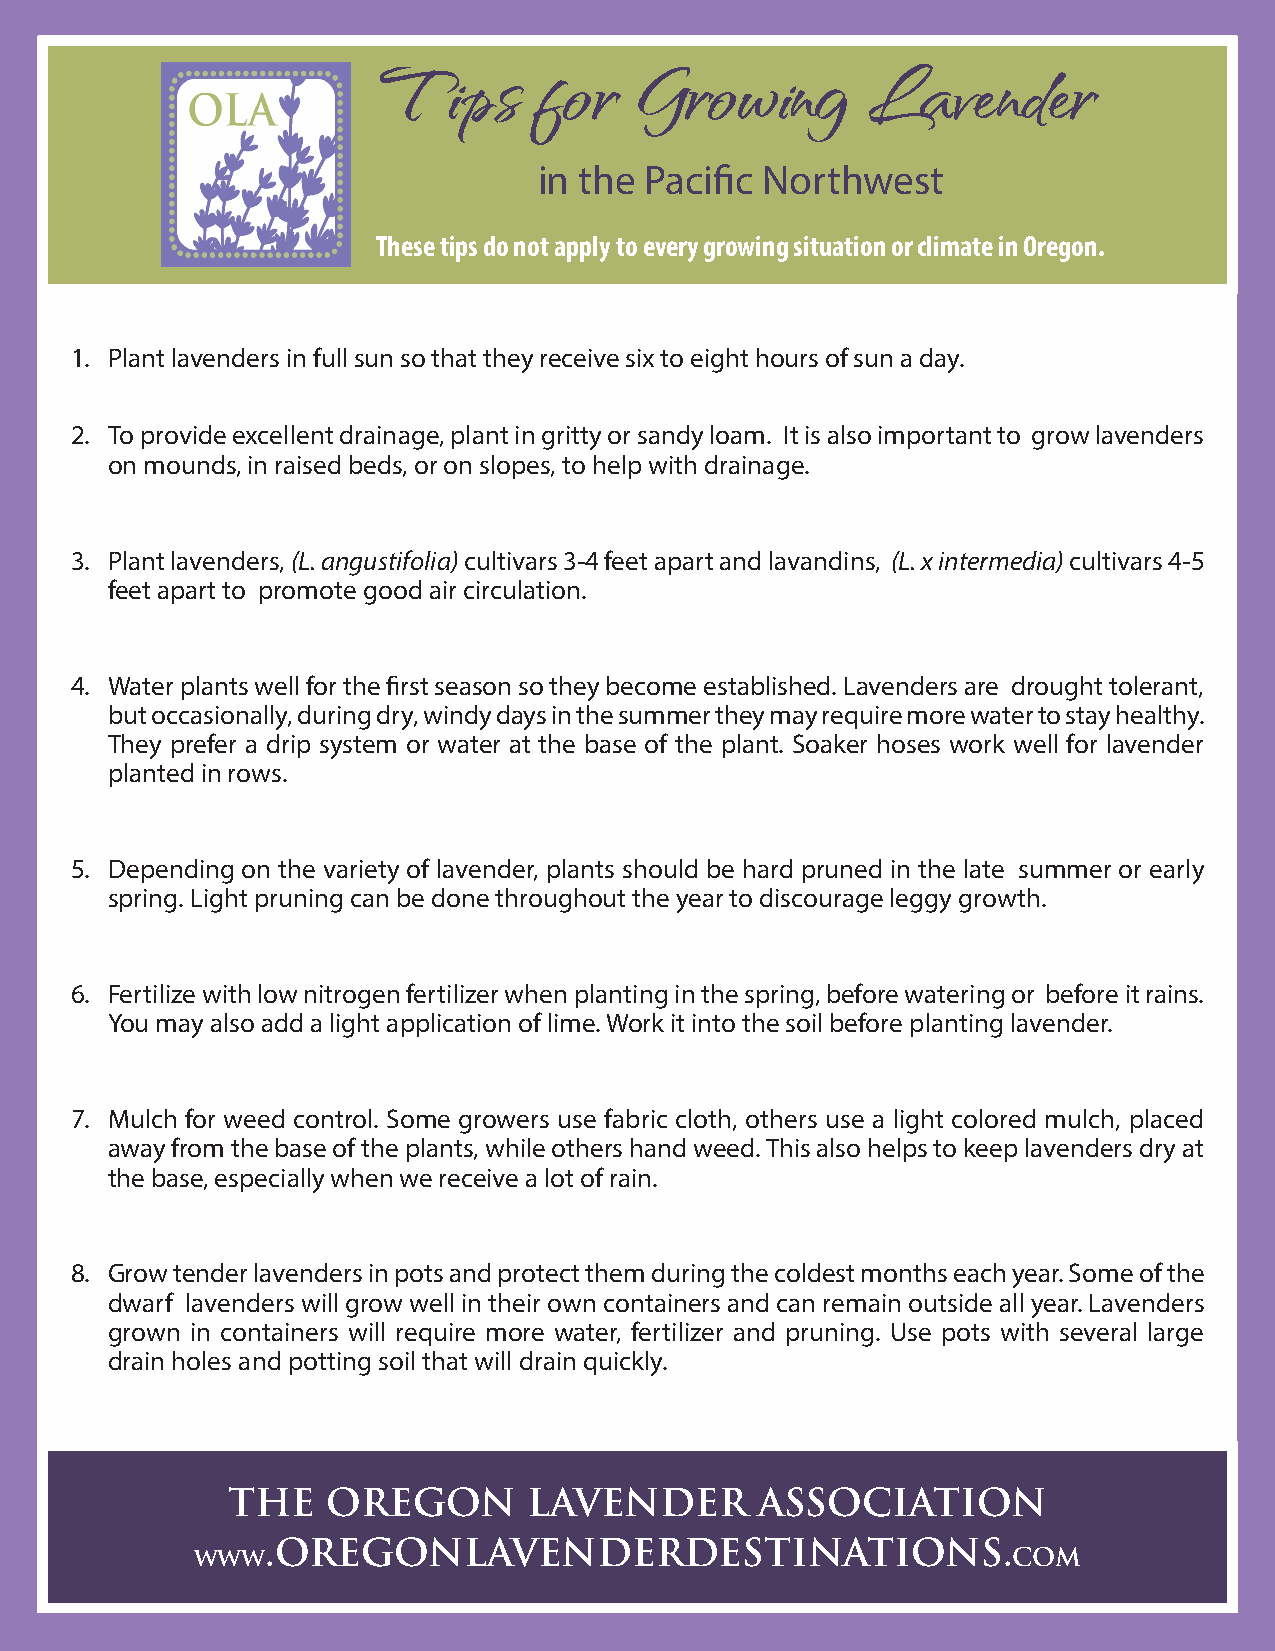
Tips      for    Growing        Lavender
 in the Pacific Northwest
 These tips do not apply to every growing situation or climate in Oregon.
 1. Plant lavenders in full sun so that they receive six to eight hours of sun a day.
 2. To provide excellent drainage, plant in gritty or sandy loam. It is also important to grow lavenders
 on mounds, in raised beds, or on slopes, to help with drainage.
 3. Plant lavenders, (L. angustifolia) cultivars 3-4 feet apart and lavandins, (L. x intermedia) cultivars 4-5
 feet apart to promote good air circulation.
 4. Water plants well for the first season so they become established. Lavenders are drought tolerant,
 but occasionally, during dry, windy days in the summer they may require more water to stay healthy.
 They prefer a drip system or water at the base of the plant. Soaker hoses work well for lavender
 planted in rows.
 5. Depending on the variety of lavender, plants should be hard pruned in the late summer or early
 spring. Light pruning can be done throughout the year to discourage leggy growth.
 6. Fertilize with low nitrogen fertilizer when planting in the spring, before watering or before it rains.
 You may also add a light application of lime. Work it into the soil before planting lavender.
 7. Mulch for weed control. Some growers use fabric cloth, others use a light colored mulch, placed
 away from the base of the plants, while others hand weed. This also helps to keep lavenders dry at
 the base, especially when we receive a lot of rain.
 8. Grow tender lavenders in pots and protect them during the coldest months each year. Some of the
 dwarf lavenders will grow well in their own containers and can remain outside all year. Lavenders
 grown in containers will require more water, fertilizer and pruning. Use pots with several large
 drain holes and potting soil that will drain quickly.
 THE    OREGON       LAVENDER       ASSOCIATION
 .OREGONLAVENDERDESTINATIONS.
 www                                                   COM